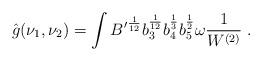
LaTeX: \begin{align*}\hat g(\nu_1,\nu_2)= \int{B'}^{1\over 12}b_3^{1\over 12}b_4^{1\over 3}b_5^{1\over2}\omega\frac{1}{W^{(2)}} \ . \end{align*}